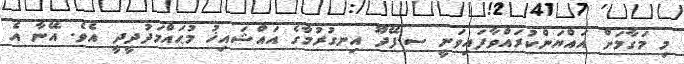
މި މަގާމަށް އައްޔަންކުރައްވާފައިވަނީ ސ.ފޭދޫ އިނގުރުމާގެ އައްޝައިޚު މުޙައްމަދުދީދީ އެވެ. އޭނާ އެ